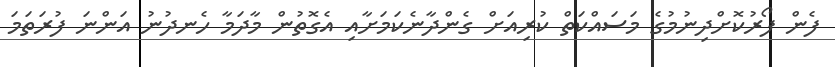
ފެން ފޯރުކޮށްދިނުމުގެ މަސައްކަތް ކުރިއަށް ގެންދާނެކަމަށާއި އެގޮތުން މާދަމާ ހެނދުނު އަންނަ ފުރަތަމަ